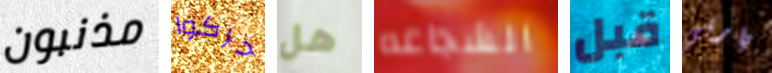
مذنبون حركوا هل الشجاعه قبل بارني